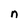
Character: n